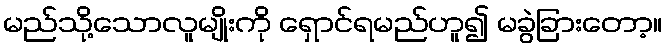
မည်သို့သောလူမျိုးကို ရှောင်ရမည်ဟူ၍ မခွဲခြားတော့။